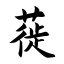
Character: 蓰